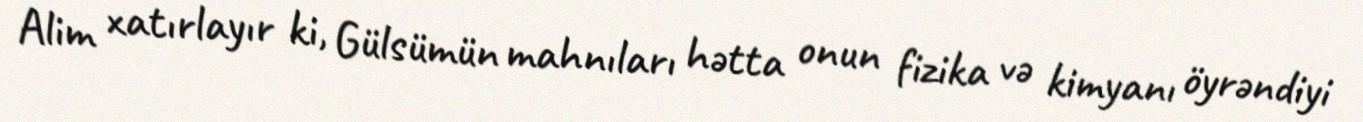
Alim xatırlayır ki, Gülsümün mahnıları hətta onun fizika və kimyanı öyrəndiyi